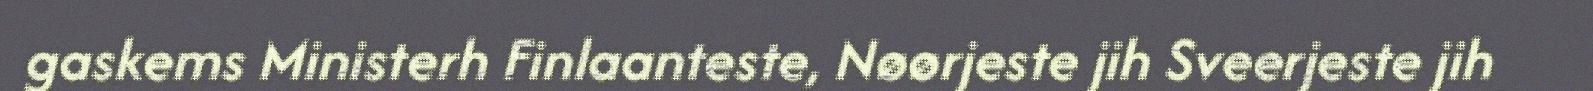
gaskems Ministerh Finlaanteste, Nøørjeste jih Sveerjeste jih